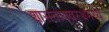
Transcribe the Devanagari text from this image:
शासनव्यवस्थेमध्ये